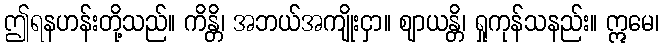
ဤရနဟန်းတို့သည်။ ကိန္တိ၊ အဘယ်အကျိုးငှာ။ ဈာယန္တိ၊ ရှုကုန်သနည်း။ ဣမေ၊